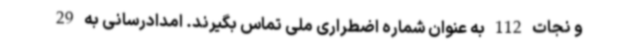
و نجات 112 به عنوان شماره اضطراری ملی تماس بگیرند. امدادرسانی به 29